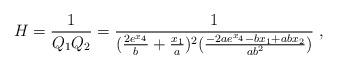
LaTeX: \begin{align*}H=\frac{1}{Q_1 Q_2}= \frac{1} {(\frac{2 e^{x_4}}{b} +\frac{x_1}{a})^2(\frac{-2 a e^{x_4 }- b x_1 + a b x_2}{a b^2})} ~,\end{align*}